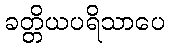
ခတ္တိယပရိသာပေ